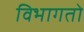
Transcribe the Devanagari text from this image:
विभागतो